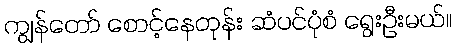
ကျွန်တော် စောင့်နေတုန်း ဆံပင်ပုံစံ ရွေးဦးမယ်။